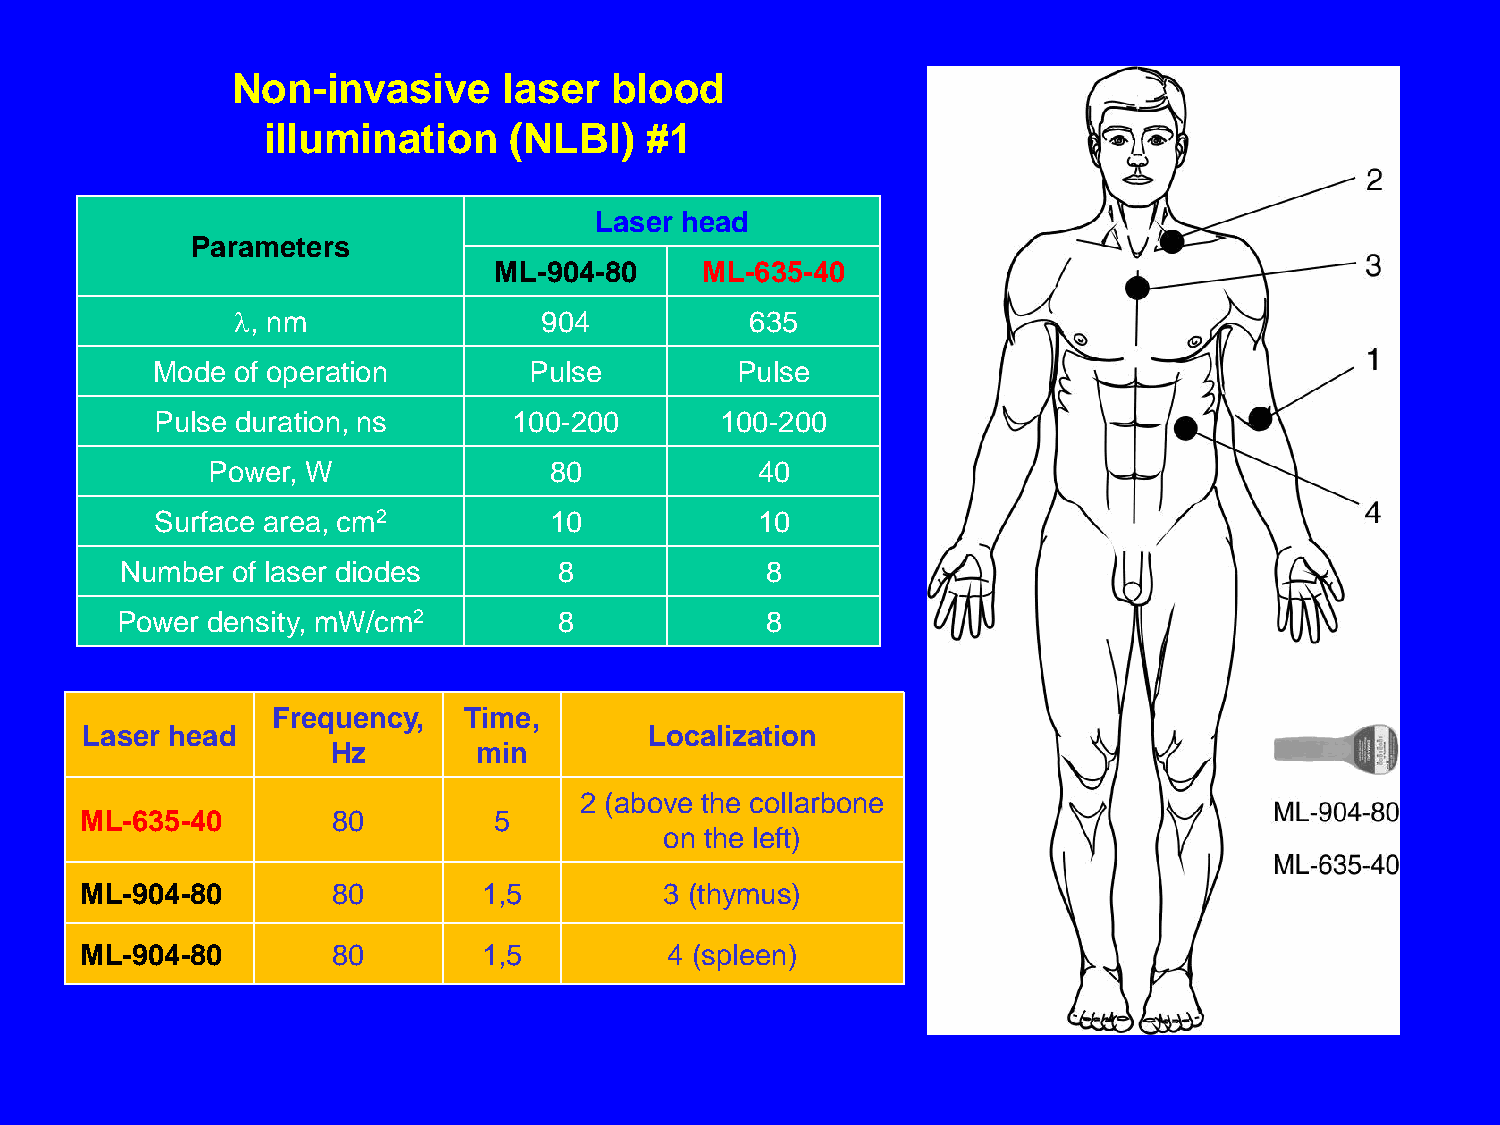
Non-invasive      laser  blood
 illumination    (NLBI)   #1
 Laser head
 Parameters
 ML-904-80    ML-635-40
 , nm               904           635
 Mode of operation        Pulse         Pulse
 Pulse duration, ns      100-200       100-200
 Power, W              80            40
 Surface area, cm2         10            10
 Number of laser diodes       8             8
 Power density, mW/cm2        8             8
 Frequency,   Time,
 Laser head                            Localization
 Hz        min
 2 (above the collarbone
 ML-635-40        80         5
 on the left)
 ML-904-80        80        1,5         3 (thymus)
 ML-904-80        80        1,5         4 (spleen)